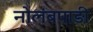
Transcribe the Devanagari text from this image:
नोलंबपाड़ी